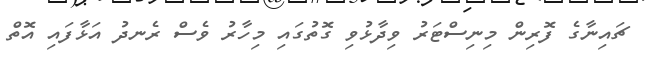
ޗައިނާގެ ފޮރިން މިނިސްޓަރު ވިދާޅުވި ގޮތުގައި މިހާރު ވެސް ރެނދު އަޅާފައި އޮތް